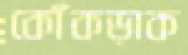
কোঁকড়াক